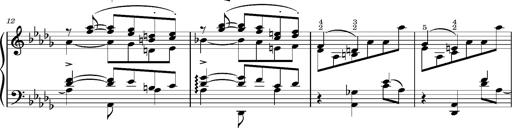
Title: KlavierstÃ¼ck in As-dur No.2 (S.189a/1)
Composer: Franz Liszt
Key: A